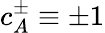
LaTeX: c_{A}^{\pm}\equiv\pm 1